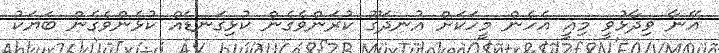
އޭނާ ވިދާޅުވީ މިއީ އެހެން މީހަކަށް އުނދަގޫ ކުރަންވެގެން ކުޅިގަނޑެއް ކުޅެންވެގެން ބަޔަކު